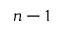
n - 1